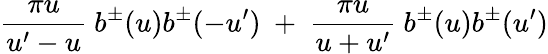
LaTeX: \frac{\pi u}{u^{\prime}-u}~b^{\pm}(u)b^{\pm}(-u^{\prime})~+~\frac{\pi u}{u+u^{\prime}}~b^{\pm}(u)b^{\pm}(u^{\prime})